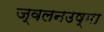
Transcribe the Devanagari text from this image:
ज्वलनउष्मा